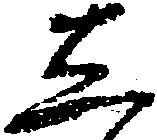
し